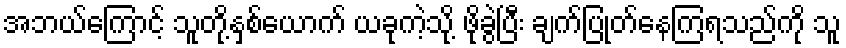
အဘယ်ကြောင့် သူတို့နှစ်ယောက် ယခုကဲ့သို့ ဖိုခွဲပြီး ချက်ပြုတ်နေကြရသည်ကို သူ